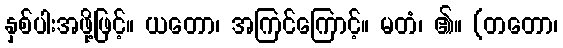
နှစ်ပါးအဖို့ဖြင့်။ ယတော၊ အကြင်ကြောင့်။ မတံ၊ ၏။ (တတော၊